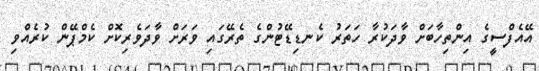
އޭއެފްސީގެ އިންތިހާބަށް ވާދަކުރާ ހަތަރު ކެނޑިޑޭޓުންގެ ތެރޭގައި ވަރަށް ވާދަވެރިކޮށް ކެމްޕޭން ކުރެއްވި